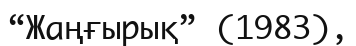
“Жаңғырық” (1983),